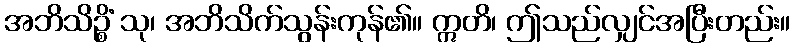
အဘိသိဉ္စိံ သု၊ အဘိသိက်သွန်းကုန်၏။ ဣတိ၊ ဤသည်လျှင်အပြီးတည်း။